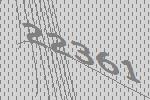
22361